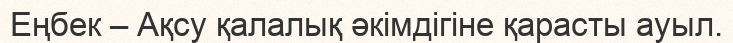
Еңбек – Ақсу қалалық әкімдігіне қарасты ауыл.